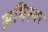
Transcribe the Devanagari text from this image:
अभिस्थर